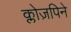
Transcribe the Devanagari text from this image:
क्लोज़पिने